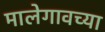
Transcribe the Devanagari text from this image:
मालेगावच्या